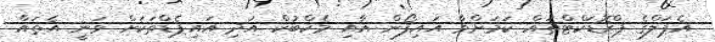
އެޕަލްގެ ޕްރޮޑަކްޓްތައް ކަމަށްވާ އައިފޯން އާއި މެކްބުކް އަދި އައިޕެޑްތަކަށް ވަނީ އެތައް